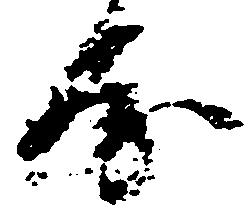
房